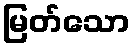
မြတ်သော